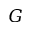
G